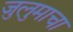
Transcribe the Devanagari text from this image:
जुलुमाचा